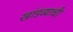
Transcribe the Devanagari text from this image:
खांडव्याची